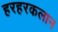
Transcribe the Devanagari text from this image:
हरहरकलान